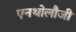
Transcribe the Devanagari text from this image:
एनथोलौजी